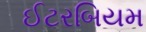
ઈટરબિયમ